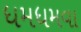
ધમધમવા